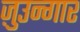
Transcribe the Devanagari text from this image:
ज़ुउन्गार